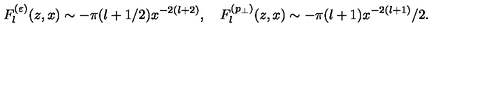
F _ { l } ^ { ( \varepsilon ) } ( z , x ) \sim - \pi ( l + 1 / 2 ) x ^ { - 2 ( l + 2 ) } , \quad F _ { l } ^ { ( p _ { \perp } ) } ( z , x ) \sim - \pi ( l + 1 ) x ^ { - 2 ( l + 1 ) } / 2 .